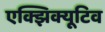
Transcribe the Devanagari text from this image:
एक्झिक्यूटिव